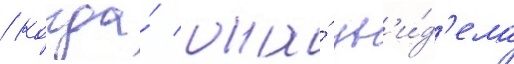
/ когда́ она́ ув'и́д'ела